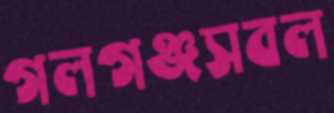
গলগঞ্জসবল